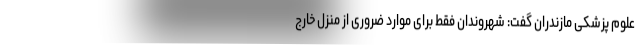
علوم پزشکی مازندران گفت: شهروندان فقط برای موارد ضروری از منزل خارج